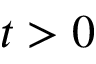
t > 0